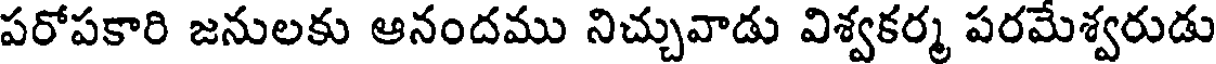
పరోపకారి జనులకు ఆనందము నిచ్చువాడు విశ్వకర్మ పరమేశ్వరుడు